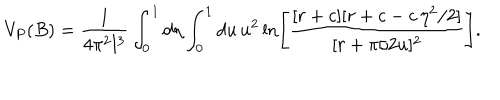
V _ { P } ( B ) = \frac { 1 } { 4 \pi ^ { 2 } l ^ { 3 } } \int _ { 0 } ^ { 1 } d \eta \int _ { 0 } ^ { 1 } d u \, u ^ { 2 } \ln \left[ \frac { [ r + c ] [ r + c - c \, \eta ^ { 2 } / 2 ] } { [ r + \pi / 2 u ] ^ { 2 } } \right] .